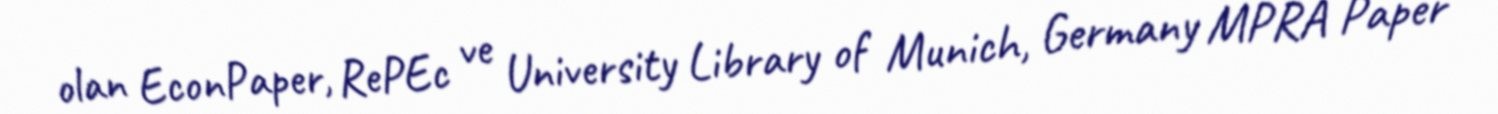
olan EconPaper, RePEc ve University Library of Munich, Germany MPRA Paper